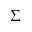
\Sigma